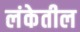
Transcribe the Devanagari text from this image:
लंकेतील